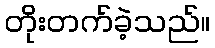
တိုးတက်ခဲ့သည်။